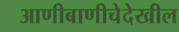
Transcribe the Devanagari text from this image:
आणीबाणीचेदेखील